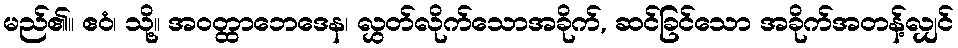
မည်၏။ ဧဝံ၊ သို့။ အဝတ္ထာဘေဒေန၊ လွှတ်လိုက်သောအခိုက်, ဆင်ခြင်သော အခိုက်အတန့်လျှင်